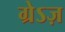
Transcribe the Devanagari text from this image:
ग्रेऽज़